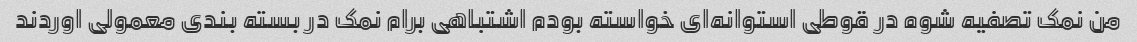
من نمک تصفیه شوه در قوطی استوانه‌ای خواسته بودم اشتباهی برام نمک در بسته بندی معمولی اوردند